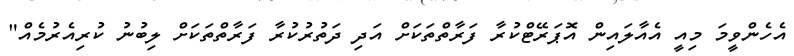
އެހެންވީމަ މިއީ އެއާލައިން އޮޕަރޭޓްކުރާ ފަރާތްތަކަށް އަދި ދަތުރުކުރާ ފަރާތްތަކަށް ލިބުނު ކުރިއެރުމެއް"